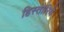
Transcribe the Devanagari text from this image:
हिस्तोरिये